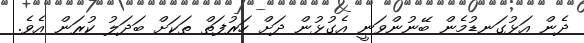
ދެން އަޅުގަނޑުމެން ބޭނުންވަނީ އެގުޅުން ދަށް ހަރުފަތް ތަކަށް ބަދަލު ކުރަން އެވެ.